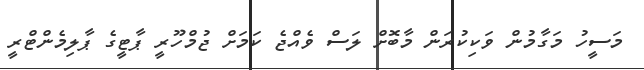
މަސީހު މަގާމުން ވަކިކުރަން މާބޮށް ލަސް ވެއްޖެ ކަމަށް ޖުމްހޫރީ ޕާޓީގެ ޕާލިމެންޓްރީ